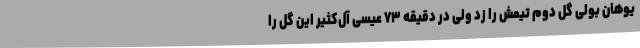
یوهان بولی گل دوم تیمش را زد ولی در دقیقه ۷۳ عیسی آل‌کثیر این گل را